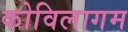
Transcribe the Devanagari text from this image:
कोविलागम